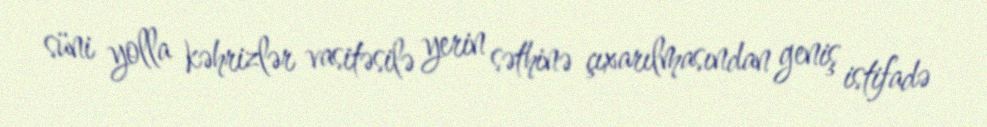
süni yolla kəhrizlər vasitəsilə yerin səthinə çıxarılmasından geniş istifadə